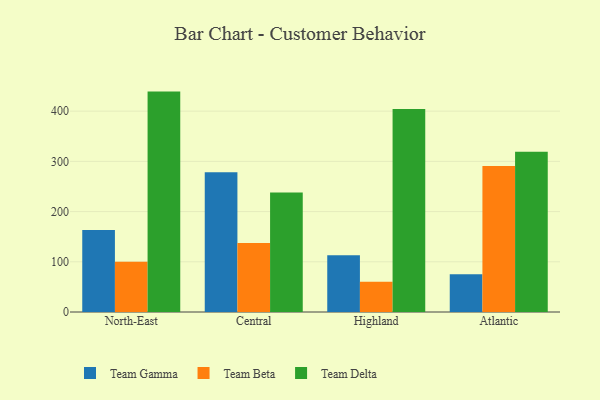
{"axis": {"x": "Region", "y": "Headcount"}, "legend": ["Team Beta", "Team Delta", "Team Gamma"], "data": [{"x": "North-East", "y": 163.5, "type": "Team Gamma"}, {"x": "North-East", "y": 100.1, "type": "Team Beta"}, {"x": "North-East", "y": 439.0, "type": "Team Delta"}, {"x": "Central", "y": 278.3, "type": "Team Gamma"}, {"x": "Central", "y": 137.5, "type": "Team Beta"}, {"x": "Central", "y": 238.1, "type": "Team Delta"}, {"x": "Highland", "y": 113.1, "type": "Team Gamma"}, {"x": "Highland", "y": 60.3, "type": "Team Beta"}, {"x": "Highland", "y": 404.4, "type": "Team Delta"}, {"x": "Atlantic", "y": 75.0, "type": "Team Gamma"}, {"x": "Atlantic", "y": 290.7, "type": "Team Beta"}, {"x": "Atlantic", "y": 319.2, "type": "Team Delta"}]}